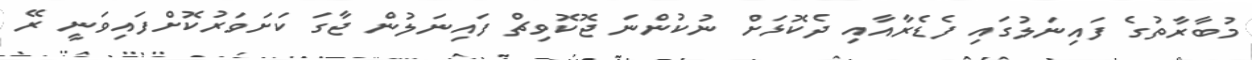
މުބާރާތުގެ ފައިނަލުގައި ފެޑެރާއާއި ދެކޮޅަށް ނުކުންނަ ޖޮކޮވިޗް ފައިނަލުން ޖާގަ ކަށަވަރުކޮށްފައިވަނީ ރޭ